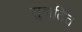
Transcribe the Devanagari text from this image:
सुवातित